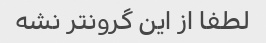
لطفا از این گرونتر نشه